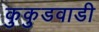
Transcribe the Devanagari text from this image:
कुकुडवाडी